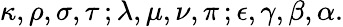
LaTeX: \kappa,\rho,\sigma,\tau\, ;\lambda,\mu,\nu,\pi\, ;\epsilon,\gamma,\beta,\alpha.